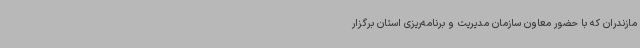
مازندران که با حضور معاون سازمان مدیریت و برنامه‌ریزی استان برگزار